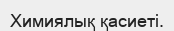
Химиялық қасиеті.